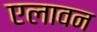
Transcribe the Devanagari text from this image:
एलावन